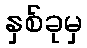
နှစ်ခုမှ